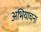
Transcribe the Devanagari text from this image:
अभियाचना